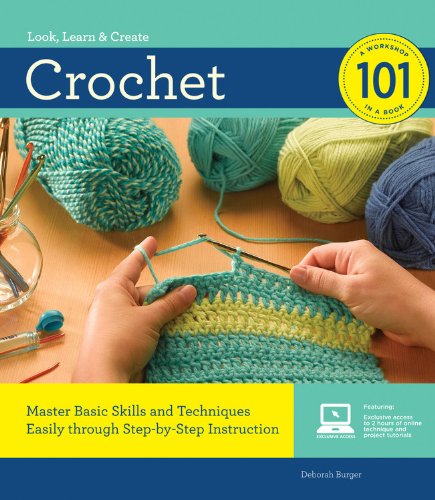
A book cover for Crochet 101: Master Basic Skills and Techniques Easily through Step-by-Step Instruction; Deborah Burger; Crafts, Hobbies & Home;